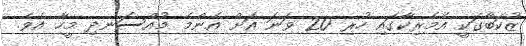
ޒުކަބާގަކީ އެމެރިކާގައި ހުރި 20 ވަނަ އަށް އެންމެ މުއްސަނދި މީހާ އެވެ.